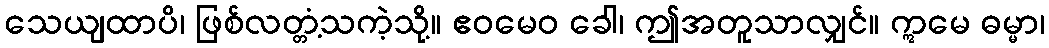
သေယျထာပိ၊ ဖြစ်လတ္တံ့သကဲ့သို့။ ဧဝမေဝ ခေါ၊ ဤအတူသာလျှင်။ ဣမေ ဓမ္မာ၊